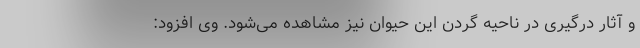
و آثار درگیری در ناحیه گردن این حیوان نیز مشاهده می‌شود. وی افزود: